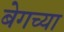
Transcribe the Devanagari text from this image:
बेगच्या